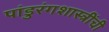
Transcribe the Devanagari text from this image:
पांडुरंगशास्त्रींची